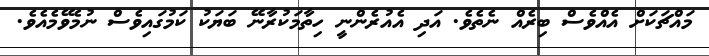
މައްޗަކަށް އެއްވެސް ބިރެއް ނެތެވެ. އަދި އެއުރެންނީ ހިތާމަކުރާނޭ ބަޔަކު ކަމުގައިވެސް ނުމެވޭމެއެވެ.